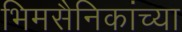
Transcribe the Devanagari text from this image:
भिमसैनिकांच्या